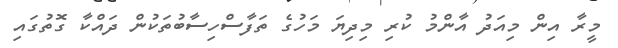
މީރާ އިން މިއަދު އާންމު ކުރި މިދިޔަ މަހުގެ ތަފާސްހިސާބުތަކުން ދައްކާ ގޮތުގައި